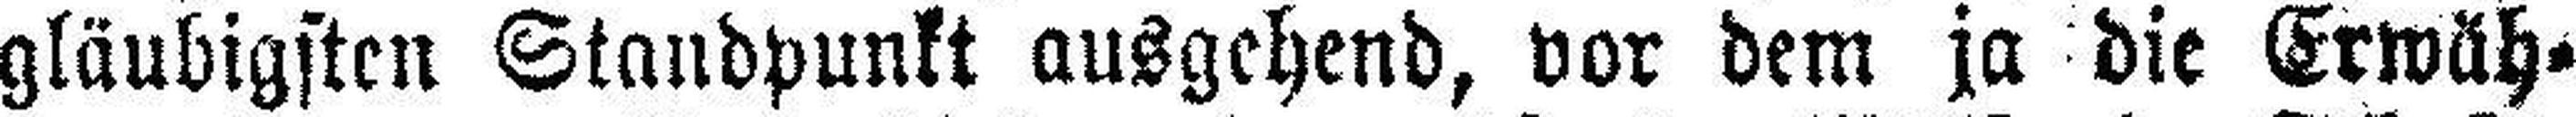
gläubigsten Standpunkt ausgehend, vor dem ja die Erwäh¬